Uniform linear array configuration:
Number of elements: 12
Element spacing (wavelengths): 0.25
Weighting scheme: hann
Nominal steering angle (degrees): -45
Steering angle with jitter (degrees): -46.755
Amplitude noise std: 0.05
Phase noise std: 0.05

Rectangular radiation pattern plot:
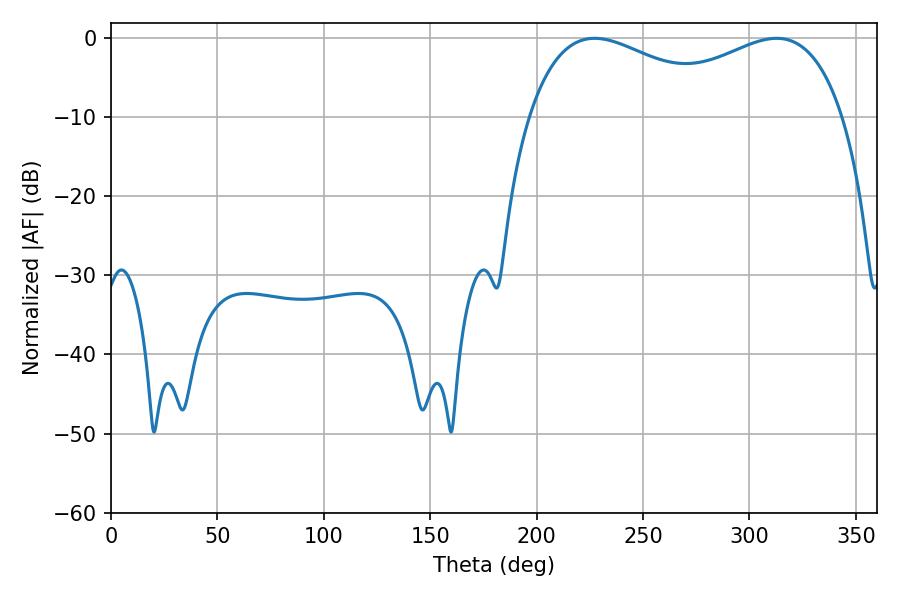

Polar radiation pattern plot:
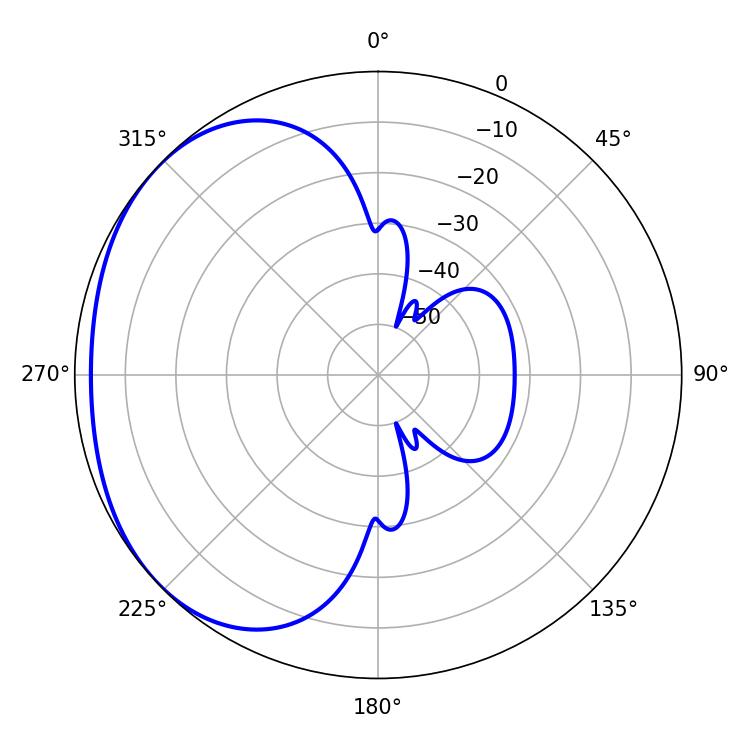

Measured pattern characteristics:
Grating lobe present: FALSE
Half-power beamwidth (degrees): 54.54
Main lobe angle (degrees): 227.16